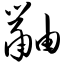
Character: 鼬